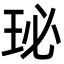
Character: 珌